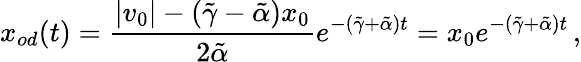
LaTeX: x_{od}(t)=\frac{|v_{0}|-(\tilde{\gamma}-\tilde{\alpha})x_{0}}{2\tilde{\alpha}}e^{-(\tilde{\gamma}+\tilde{\alpha})t}=x_{0}e^{-(\tilde{\gamma}+\tilde{\alpha})t}\, ,